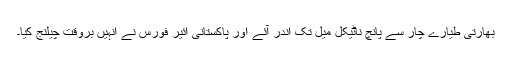
بھارتی طیارے چار سے پانچ ناٹیکل میل تک اندر آئے اور پاکستانی ائیر فورس نے انہیں بروقت چیلنج کیا۔